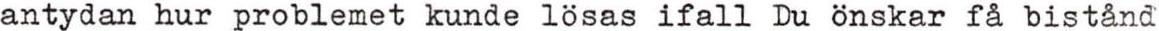
antydan hur problemet kunde lösas ifall Du önskar få bistånd